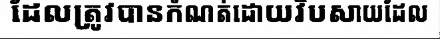
ដែលត្រូវបានកំណត់ដោយវិបសាយដែល